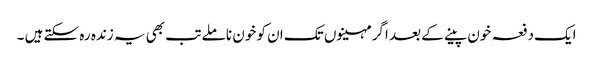
ایک دفعہ خون پینے کے بعد اگر مہینوں تک ان کو خون نا ملے تب بھی یہ زندہ رہ سکتے ہیں ۔